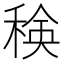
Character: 𮃍